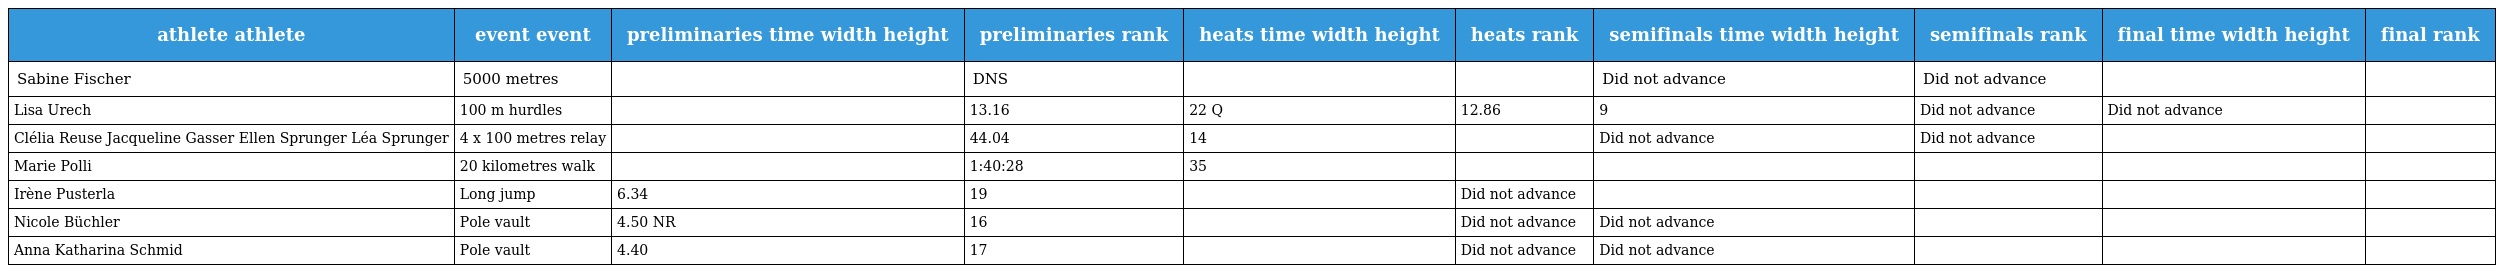
| athlete athlete | event event | preliminaries time width height | preliminaries rank | heats time width height | heats rank | semifinals time width height | semifinals rank | final time width height | final rank |
 | --- | --- | --- | --- | --- | --- | --- | --- | --- | --- |
 | Sabine Fischer | 5000 metres |  | DNS |  |  | Did not advance | Did not advance |  |  |
 | Lisa Urech | 100 m hurdles |  | 13.16 | 22 Q | 12.86 | 9 | Did not advance | Did not advance |  |
 | Clélia Reuse Jacqueline Gasser Ellen Sprunger Léa Sprunger | 4 x 100 metres relay |  | 44.04 | 14 |  | Did not advance | Did not advance |  |  |
 | Marie Polli | 20 kilometres walk |  | 1:40:28 | 35 |  |  |  |  |  |
 | Irène Pusterla | Long jump | 6.34 | 19 |  | Did not advance |  |  |  |  |
 | Nicole Büchler | Pole vault | 4.50 NR | 16 |  | Did not advance | Did not advance |  |  |  |
 | Anna Katharina Schmid | Pole vault | 4.40 | 17 |  | Did not advance | Did not advance |  |  |  |